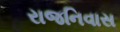
રાજનિવાસ